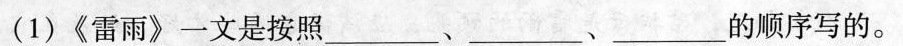
(1)《雷雨》一文是按照___、___、___的顺序写的。